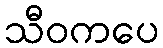
သီဝကပေ